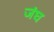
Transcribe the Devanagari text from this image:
जंघ